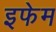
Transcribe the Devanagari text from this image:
इफेम